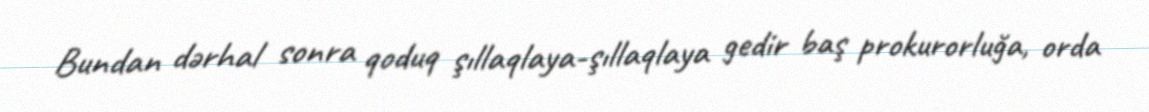
Bundan dərhal sonra qoduq şıllaqlaya-şıllaqlaya gedir baş prokurorluğa, orda